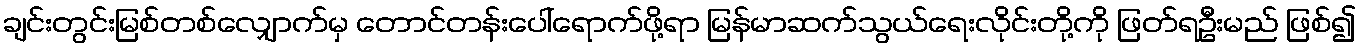
ချင်းတွင်းမြစ်တစ်လျှောက်မှ တောင်တန်းပေါ်ရောက်ဖို့ရာ မြန်မာဆက်သွယ်ရေးလိုင်းတို့ကို ဖြတ်ရဦးမည် ဖြစ်၍